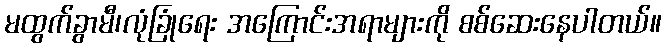
မထွက်ခွာမီ၊လုံခြုံရေး အကြောင်းအရာများကို စစ်ဆေးနေပါတယ်။